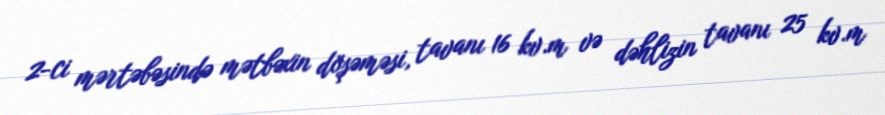
2-ci mərtəbəsində mətbəxin döşəməsi, tavanı 16 kv.m və dəhlizin tavanı 25 kv.m